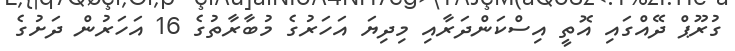
ގުރޫޕް ދޭއްގައި އޮތީ އިސްކަންދަރާއި މިދިޔަ އަހަރުގެ މުބާރާތުގެ 16 އަހަރުން ދަށުގެ